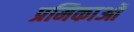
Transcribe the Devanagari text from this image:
प्रमिकाओं